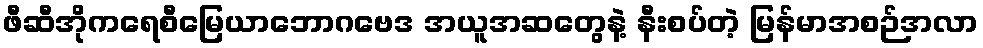
ဖီဆီအိုကရေစီမြေယာဘောဂဗေဒ အယူအဆတွေနဲ့ နီးစပ်တဲ့ မြန်မာအစဉ်အလာ